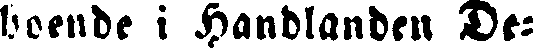
boende i Handlanden De-